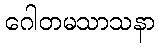
ဂေါတမသာသနာ